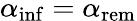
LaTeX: \alpha_{\mathrm{inf}}=\alpha_{\mathrm{rem}}